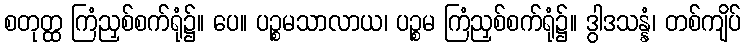
စတုတ္ထ ကြံညှစ်စက်ရုံ၌။ ပေ။ ပဉ္စမသာလာယ၊ ပဉ္စမ ကြံညှစ်စက်ရုံ၌။ ဒွါဒသန္နံ၊ တစ်ကျိပ်